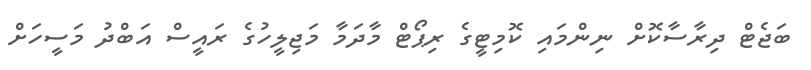
ބަޖެޓް ދިރާސާކޮށް ނިންމައި ކޮމިޓީގެ ރިޕޯޓް މާދަމާ މަޖިލީހުގެ ރައީސް އަބްދު މަސީހަށް